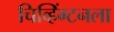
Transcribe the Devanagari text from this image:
चिव्हिंग्टनला